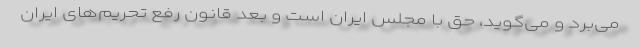
می‌برد و می‌گوید، حق با مجلس ایران است و بعد قانون رفع تحریم‌های ایران